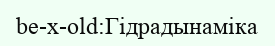
be-x-old:Гідрадынаміка